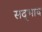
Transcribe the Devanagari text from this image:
सद्‍भाव